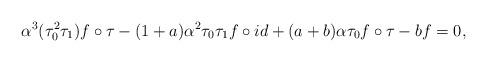
LaTeX: \begin{align*}\alpha^3 (\tau_0^2 \tau_1) f \circ \tau - (1+a) \alpha^2 \tau_0 \tau_1 f \circ id + (a+b) \alpha \tau_0 f \circ \tau - bf = 0,\end{align*}